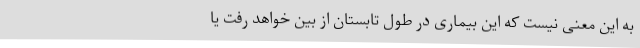
به این معنی نیست که این بیماری در طول تابستان از بین خواهد رفت یا